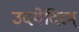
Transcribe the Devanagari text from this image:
उदयेदिरम्